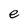
Character: e